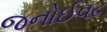
જનોઈવઢ